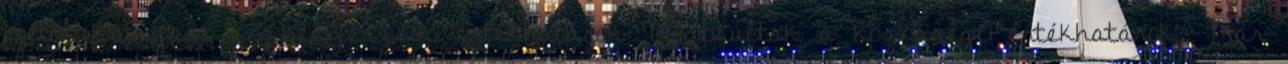
1-jétől irányadó közbeszerzési értékhatárok Módosultak a közösségi értékhatárok. Már